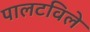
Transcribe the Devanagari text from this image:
पालटविले